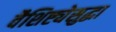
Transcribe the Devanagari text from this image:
वैशिष्ट्येसुद्धा